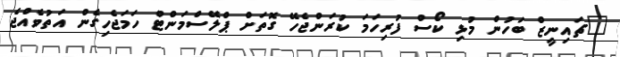
"ޗައިނީޒް ބަހުން މުޅި ކޯސް ފުރިހަމަ ކުރަންޖެހޭ ގޮތަށް ޕްލޭސްމަންޓް ހަމަޖެހިގެން އަތުވެއްޖެ